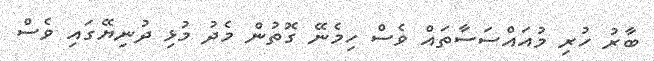
ބާރު ހުރި މުއައްސަސާތައް ވެސް ހިމެނޭ ގޮތުން މެދު މުޅި ދުނިޔޭގައި ވެސް